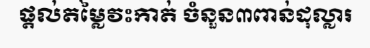
ផ្តល់តម្លៃវះកាត់ ចំនួន៣ពាន់ដុល្លារ